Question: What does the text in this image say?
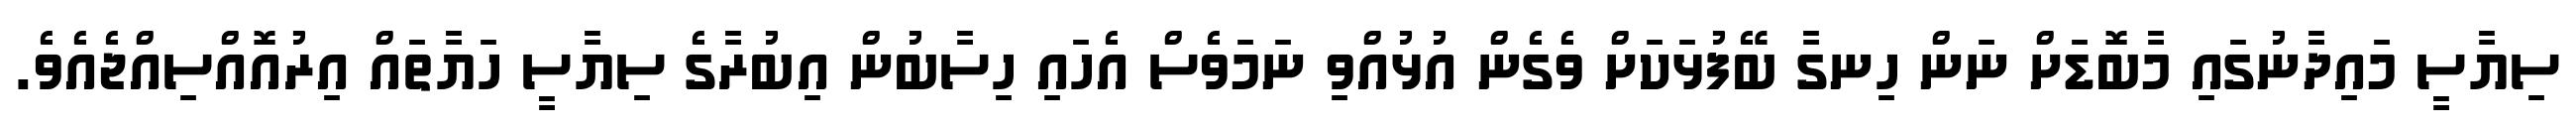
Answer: ސިޔާސީ މައިދާނުގައި މާބޮޑަށް ނަން ހިނގާ ބޭފުޅަކަށް ވެގެން އުޅުއްވި ނަމަވެސް އެހައި ހިސާބުން އިބުރާގެ ސިޔާސީ ހަޔާތައް އިރުއޮއްސިއްޖެއެވެ.